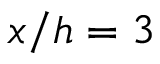
x / h = 3